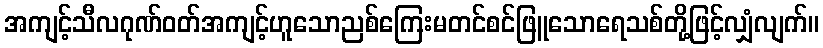
အကျင့်သီလဂုဏ်ဝတ်အကျင့်ဟူသောညစ်ကြေးမတင်စင်ဖြူသောရေသစ်တို့ဖြင့်လျှံလျက်။